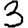
Digit: 3